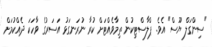
"ސިންގަލް ޔޫސް" އެވެ. ޕްލާސްޓިކުން ތިމާވެއްޓަށް ކުރާ ނުރަނގަޅު އަސަރުގެ ވާހަކަ ދެއްކުމަށް